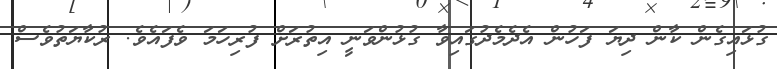
ގުޅައިގެން ކާން ދިޔަ ފަހުން އެދެމެދުގައިވާ ގުޅުންވަނީ އިތުރަށް ފުރިހަމަ ވެފައެވެ. ރުކާޔަތުވެސް